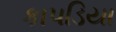
કાપડિયા